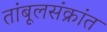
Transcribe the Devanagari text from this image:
तांबूलसंक्रांत